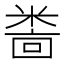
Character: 𫃅